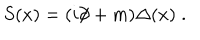
S ( x ) = ( i \partial \! \! \! / + m ) \Delta ( x ) \; .